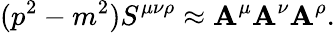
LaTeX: (p^{2}-m^{2})S^{\mu\nu\rho}\approx\mathbf{A}^{\mu}\mathbf{A}^{\nu}\mathbf{A}^{\rho}.